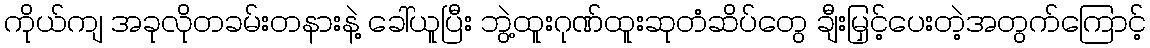
ကိုယ်ကျ အခုလိုတခမ်းတနားနဲ့ ခေါ်ယူပြီး ဘွဲ့ထူးဂုဏ်ထူးဆုတံဆိပ်တွေ ချီးမြှင့်ပေးတဲ့အတွက်ကြောင့်